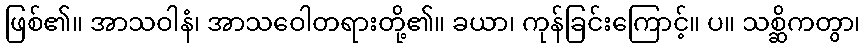
ဖြစ်၏။ အာသဝါနံ၊ အာသဝေါတရားတို့၏။ ခယာ၊ ကုန်ခြင်းကြောင့်။ ပ။ သစ္ဆိကတွာ၊